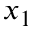
x _ { 1 }